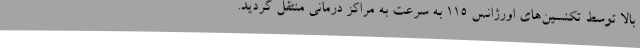
بالا توسط تکنسین‌های اورژانس 115 به سرعت به مراکز درمانی منتقل گردید.